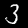
Label: 3